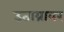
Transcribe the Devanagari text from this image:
उताय्रावर